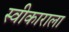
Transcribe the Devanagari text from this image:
स्वीकाराला